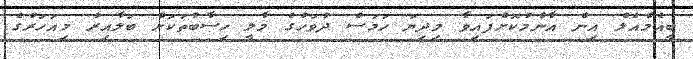
ބީއެމްއެލް އިން އާންމުކޮށްފައިވާ މިދިޔަ ހަމަސް ދުވަހުގެ މާލީ ހިސާބުތަކަށް ބަލާއިރު މިއަހަރުގެ